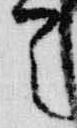
首